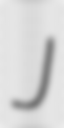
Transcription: J